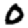
Digit: 0